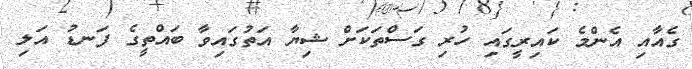
ގެއާއި އެންމެ ކައިރީގައި ހުރި ގަސްތަކަށް ޝިޔާ އަތުގައިވާ ބައްތީގެ ފަނޑު އަލި